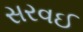
સરવઈ